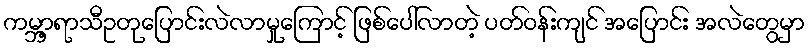
ကမ္ဘာ့ရာသီဥတုပြောင်းလဲလာမှုကြောင့် ဖြစ်ပေါ်လာတဲ့ ပတ်ဝန်းကျင် အပြောင်း အလဲတွေမှာ